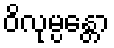
ဝိလုမ္ပန္တော